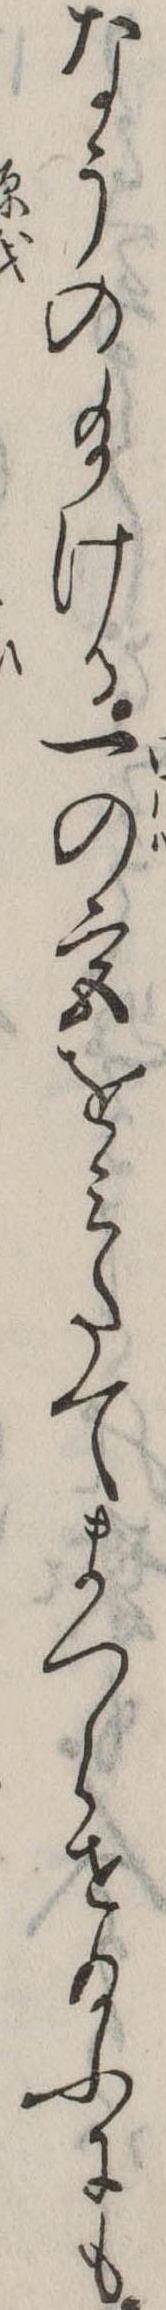
なうの給ける一の宮をみたてまつらせ給ふにも